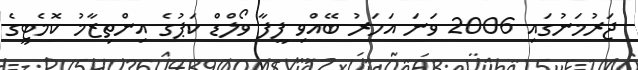
ޖަރުމަނުގައި 2006 ވަނަ އަހަރު ބޭއްވި ފީފާ ވޯލްޑް ކަޕުގެ އިންތިޒާމު ކޮމެޓީގެ